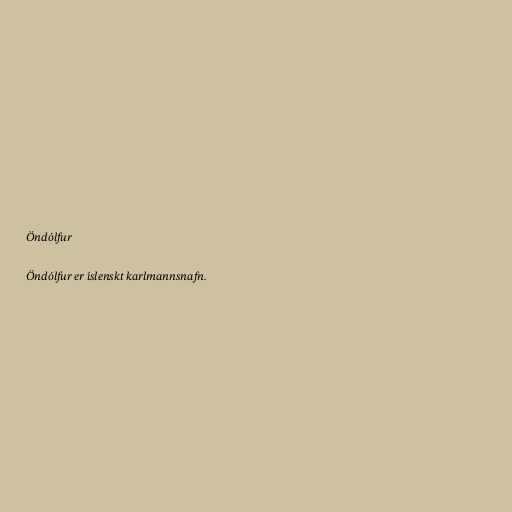
Öndólfur

Öndólfur er íslenskt karlmannsnafn.